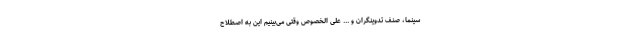
سینما، صنف تدوینگران و ... علی الخصوص وقتی می‌بینیم این به اصطلاح